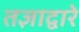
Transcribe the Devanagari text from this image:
तज्ञाद्वारे